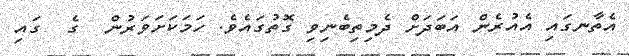
އެތާނގައި އެއުރެން އަބަދަށް ދެމިތިބެނިވި ގޮތުގައެވެ. ހަމަކަށަވަރުން  ގެ  ގައި